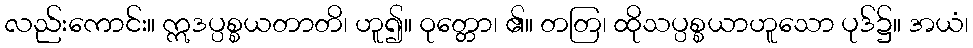
လည်းကောင်း။ ဣဒပ္ပစ္စယတာတိ၊ ဟူ၍။ ဝုတ္တော၊ ၏။ တတြ၊ ထိုသပ္ပစ္စယာဟူသော ပုဒ်၌။ အယံ၊